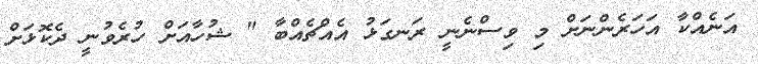
އަނެއްކާ އަހަރެންނަށް މި ވިސްނެނީ ރަނގަޅު އެއްޗެއްބާ " ޝުހާއަށް ހުރެވުނީ ދެކޮޅަށް